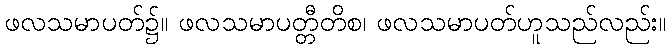
ဖလသမာပတ်၌။ ဖလသမာပတ္တီတိစ၊ ဖလသမာပတ်ဟူသည်လည်း။